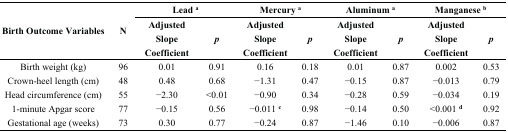
<table><thead><tr><td rowspan="2"><b>Birth Outcome Variables</b></td><td rowspan="2"><b>N</b></td><td colspan="2"><b>Lead <sup>a</sup></b></td><td colspan="2"><b>Mercury <sup>a</sup></b></td><td colspan="2"><b>Aluminum <sup>a</sup></b></td><td colspan="2"><b>Manganese <sup>b</sup></b></td></tr><tr><td><b>Adjusted Slope Coefficient</b></td><td><b><i>p</i></b></td><td><b>Adjusted Slope Coefficient</b></td><td><b><i>p</i></b></td><td><b>Adjusted Slope Coefficient</b></td><td><b><i>p</i></b></td><td><b>Adjusted Slope Coefficient</b></td><td><b><i>p</i></b></td></tr></thead><tbody><tr><td>Birth weight (kg)</td><td>96</td><td>0.01</td><td>0.91</td><td>0.16</td><td>0.18</td><td>0.01</td><td>0.87</td><td>0.002</td><td>0.53</td></tr><tr><td>Crown-heel length (cm)</td><td>48</td><td>0.48</td><td>0.68</td><td>−1.31</td><td>0.47</td><td>−0.15</td><td>0.87</td><td>−0.013</td><td>0.79</td></tr><tr><td>Head circumference (cm)</td><td>55</td><td>−2.30</td><td>&lt;0.01</td><td>−0.90</td><td>0.34</td><td>−0.28</td><td>0.59</td><td>−0.034</td><td>0.19</td></tr><tr><td>1-minute Apgar score</td><td>77</td><td>−0.15</td><td>0.56</td><td>−0.011 <sup>c</sup></td><td>0.98</td><td>−0.14</td><td>0.50</td><td>&lt;0.001 <sup>d</sup></td><td>0.92</td></tr><tr><td>Gestational age (weeks)</td><td>73</td><td>0.30</td><td>0.77</td><td>−0.24</td><td>0.87</td><td>−1.46</td><td>0.10</td><td>−0.006</td><td>0.87</td></tr></tbody></table>